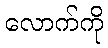
လောက်ကို